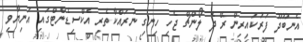
އެނބޫދޫ ފަރުކައިރިން ރޭ ދެ ލޯންޗް ޖެހި ހިނގި ނުރައްކާތެރި އެކްސިޑެންޓްގައި އަނިޔާވި